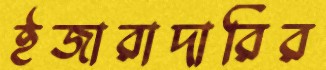
ইজারাদারির